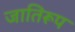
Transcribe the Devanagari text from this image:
जातिरूप